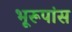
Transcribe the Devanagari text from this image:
भूरूपांस